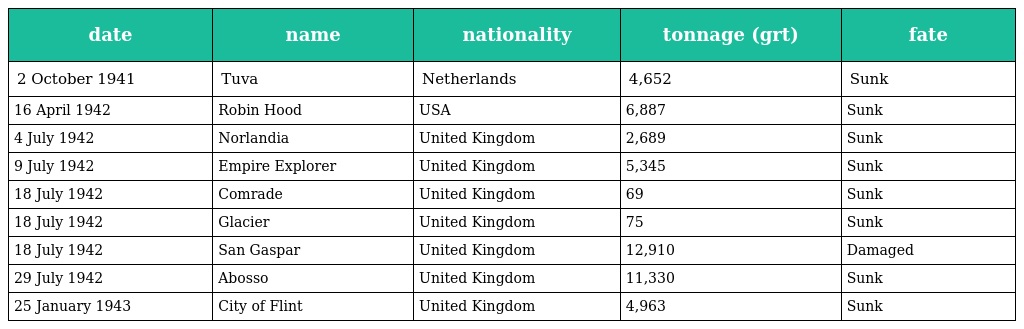
| date | name | nationality | tonnage (grt) | fate |
 | --- | --- | --- | --- | --- |
 | 2 October 1941 | Tuva | Netherlands | 4,652 | Sunk |
 | 16 April 1942 | Robin Hood | USA | 6,887 | Sunk |
 | 4 July 1942 | Norlandia | United Kingdom | 2,689 | Sunk |
 | 9 July 1942 | Empire Explorer | United Kingdom | 5,345 | Sunk |
 | 18 July 1942 | Comrade | United Kingdom | 69 | Sunk |
 | 18 July 1942 | Glacier | United Kingdom | 75 | Sunk |
 | 18 July 1942 | San Gaspar | United Kingdom | 12,910 | Damaged |
 | 29 July 1942 | Abosso | United Kingdom | 11,330 | Sunk |
 | 25 January 1943 | City of Flint | United Kingdom | 4,963 | Sunk |